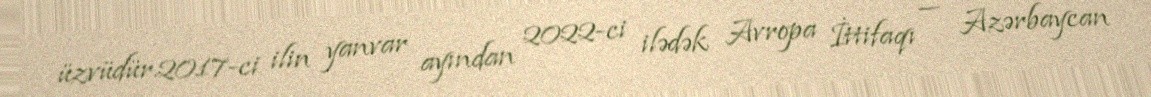
üzvüdür.2017-ci ilin yanvar ayından 2022-ci ilədək Avropa İttifaqı — Azərbaycan